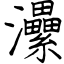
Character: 㶟